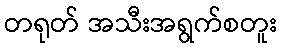
တရုတ် အသီးအရွက်စတူး